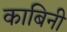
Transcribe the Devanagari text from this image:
काबिनी